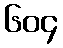
၆၀၄